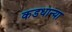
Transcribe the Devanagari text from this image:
कडधान्या